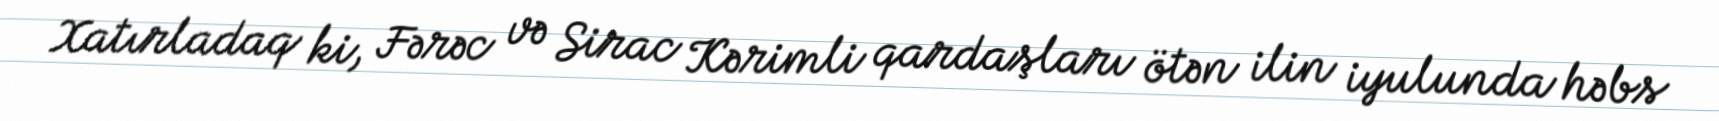
Xatırladaq ki, Fərəc və Sirac Kərimli qardaşları ötən ilin iyulunda həbs